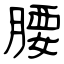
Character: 腰